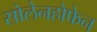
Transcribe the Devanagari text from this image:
सोलेनहोफेन